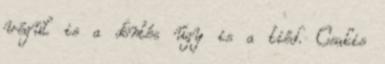
végül is a döntés úgy is a tiéd. Csakis